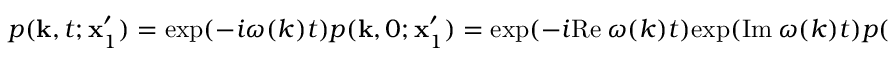
p ( \mathbf { k } , t ; \mathbf { x } _ { 1 } ^ { \prime } ) = \mathrm { e x p } ( - i \omega ( k ) t ) p ( \mathbf { k } , 0 ; \mathbf { x } _ { 1 } ^ { \prime } ) = \mathrm { e x p } ( - i \mathrm { R e } \ \omega ( k ) t ) \mathrm { e x p } ( \mathrm { I m } \ \omega ( k ) t ) p ( \mathbf { k } , t ; \mathbf { x } _ { 1 } ^ { \prime } ) ,